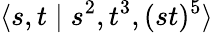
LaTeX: \langle s,t\mid s^{2},t^{3},(st)^{5}\rangle